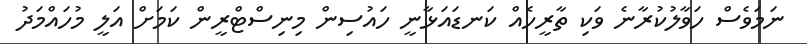
ނަމަވެސް ހަވާލުކުރާނެ ވަކި ތާރީހެެއް ކަނޑައަޅާނީ ހައުސިން މިނިސްޓްރީން ކަމަށް އަލީ މުހައްމަދު